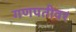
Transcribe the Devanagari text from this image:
गणपतीवर